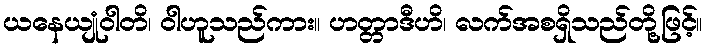
ယနေယျုံဝါတိ၊ ဝါဟူသည်ကား။ ဟတ္တာဒီဟိ၊ လက်အစရှိသည်တို့ဖြင့်။